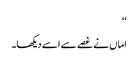
‘‘
اماں نے غصے سے اسے دیکھا۔